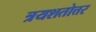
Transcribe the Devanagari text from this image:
त्रयशतोत्तर